Vaccination in Bombay 1902-1912 - 1902-1912
Year: 1902
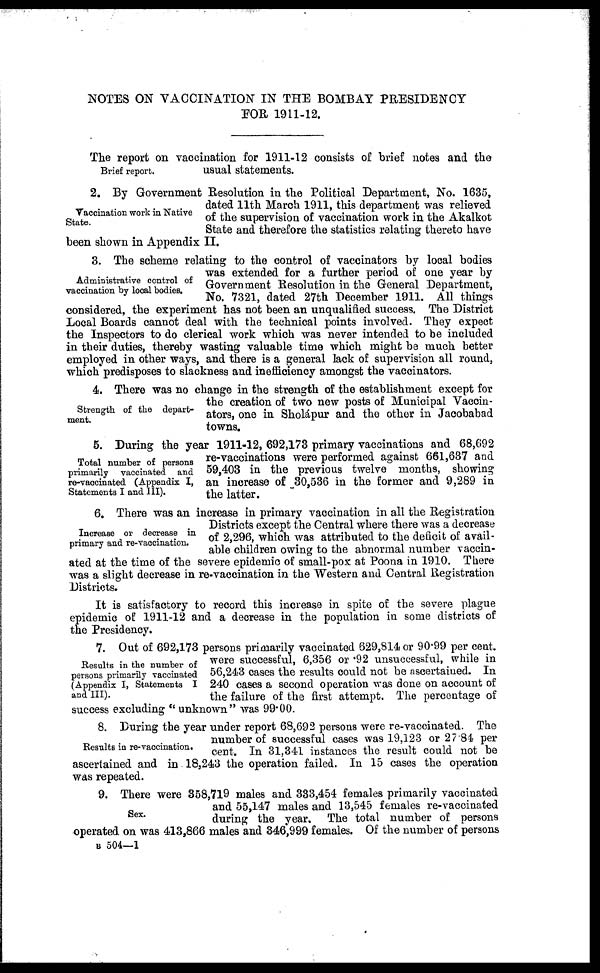
NOTES ON VACCINATION IN THE BOMBAY PRESIDENCY
FOR 1911-12.
Brief report.
The report on vaccination for 1911-12 consists of brief notes and the
usual statements.
Vaccination work in Native
State.
2. By Government Resolution in the Political Department, No. 1635,
dated 11th March 1911, this department was relieved
of the supervision of vaccination work in the Akalkot
State and therefore the statistics relating thereto have
been shown in Appendix II.
Administrative control of
vaccination by local bodies.
3. The scheme relating to the control of vaccinators by local bodies
was extended for a further period of one year by
Government Resolution in the General Department,
No. 7321, dated 27th December 1911. All things
considered, the experiment has not been an unqualified success. The District
Local Boards cannot deal with the technical points involved. They expect
the Inspectors to do clerical work which was never intended to be included
in their duties, thereby wasting valuable time which might be much better
employed in other ways, and there is a general lack of supervision all round,
which predisposes to slackness and inefficiency amongst the vaccinators.
Strength of the depart-
ment.
4. There was no change in the strength of the establishment except for
the creation of two new posts of Municipal Vaccin-
ators, one in Sholápur and the other in Jacobabad
towns.
Total number of persons
primarily vaccinated and
re-vaccinated (Appendix I,
Statements I and III).
5. During the year 1911-12, 692,173 primary vaccinations and 68,692
re-vaccinations were performed against 661,637 and
59,403 in the previous twelve months, showing
an increase of 30,536 in the former and 9,289 in
the latter.
Increase or decrease in
primary and re-vaccination.
6. There was an increase in primary vaccination in all the Registration
Districts except the Central where there was a decrease
of 2,296, which was attributed to the deficit of avail-
able children owing to the abnormal number vaccin-
ated at the time of the severe epidemic of small-pox at Poona in 1910. There
was a slight decrease in re-vaccination in the Western and Central Registration
Districts.
It is satisfactory to record this increase in spite of the severe plague
epidemic of 1911-12 and a decrease in the population in some districts of
the Presidency.
Results in the number of
persons primarily vaccinated
(Appendix I, Statements I
and III).
7. Out of 692,173 persons primarily vaccinated 629,814 or 90.99 per cent.
were successful, 6,356 or .92 unsuccessful, while in
56,243 cases the results could not be ascertained. In
240 cases a second operation was done on account of
the failure of the first attempt. The percentage of
success excluding " unknown" was 99.00.
Results in re-vaccination.
8. During the year under report 68,692 persons were re-vaccinated. The
number of successful cases was 19,123 or 27.84 per
cent. In 31,341 instances the result could not be
ascertained and in 18,243 the operation failed. In 15 cases the operation
was repeated.
Sex.
9. There were 358,719 males and 333,454 females primarily vaccinated
and 55,147 males and 13,545 females re-vaccinated
during the year. The total number of persons
operated on was 413,866 males and 346,999 females. Of the number of persons
B 504—1